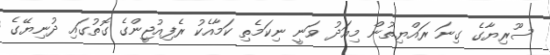
ސޫރިޔާގެ ގިނަ ރައްޔިތުން މިއަދު ވަނީ ނިކަމެތި ކަމާއެކު ރެފިއުޖީންގެ ގޮތުގައި ދުނިޔޭގެ